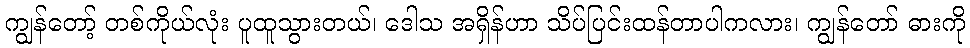
ကျွန်တော့် တစ်ကိုယ်လုံး ပူထူသွားတယ်၊ ဒေါသ အရှိန်ဟာ သိပ်ပြင်းထန်တာပါကလား၊ ကျွန်တော် ဓားကို